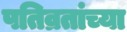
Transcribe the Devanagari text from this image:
पतिव्रतांच्या